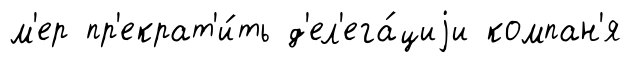
м'ер пр'екрат'и́ть д'ел'ега́циjи компан'я